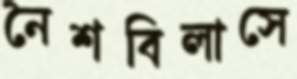
নৈশবিলাসে